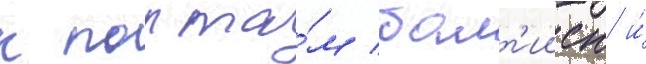
к порта́м балт'ииск и́